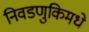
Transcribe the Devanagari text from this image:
निवडणुकिमधे